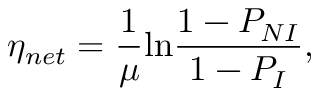
\eta _ { n e t } = \frac { 1 } { \mu } \mathrm { l n } \frac { 1 - P _ { N I } } { 1 - P _ { I } } ,